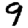
Digit: 9